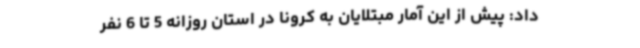
داد: پیش از این آمار مبتلایان به کرونا در استان روزانه 5 تا 6 نفر